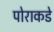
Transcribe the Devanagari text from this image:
पोराकडे